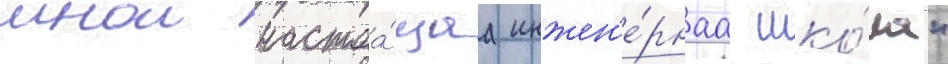
мнои настоа́щаа инжен'е́рнаа шко́ла"